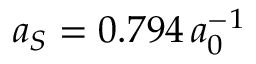
a _ { S } = 0 . 7 9 4 \, a _ { 0 } ^ { - 1 }